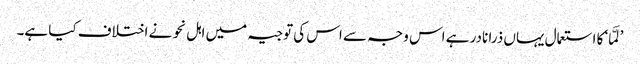
’لَمَّا‘ کا استعمال یہاں ذرا نادر ہے اس وجہ سے اس کی توجیہ میں اہل نحو نے اختلاف کیا ہے۔